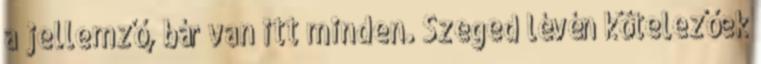
a jellemző, bár van itt minden. Szeged lévén kötelezőek